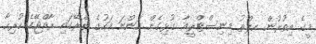
މީގެ އިތުރުން ހލްތު މިނިސްޓްރީއާ ގުޅިގެން އަންނަ މަހުގެ ތެރޭގައި ރާއްޖޭގެ ހުރިހާ